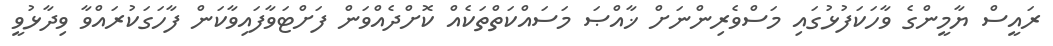
ރައީސް ޔާމީންގެ ވާހަކަފުޅުގައި މަސްވެރިންނަށް ޚާއްޞަ މަސައްކަތްތަކެއް ކޮށްދެއްވަން ފަށްޓަވާފައިވާކަން ފާހަގަކުރައްވާ ވިދާޅުވީ